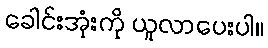
ခေါင်းအုံးကို ယူလာပေးပါ။